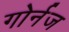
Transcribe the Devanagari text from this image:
गोर्नज